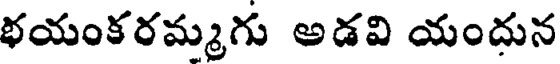
భయంకరమ్మగు అడవి యందున